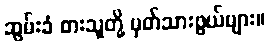
ဆွမ်းခံ စားသူတို့ မှတ်သားဖွယ်များ။